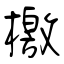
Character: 檄